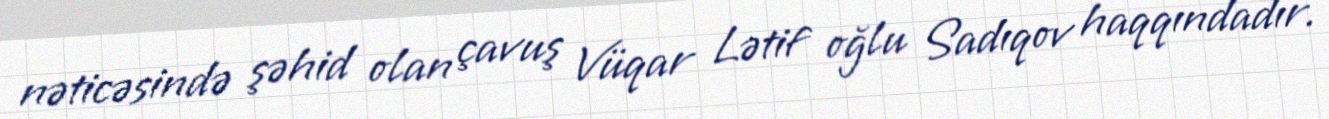
nəticəsində şəhid olan çavuş Vüqar Lətif oğlu Sadıqov haqqındadır.